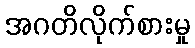
အဂတိလိုက်စားမှု